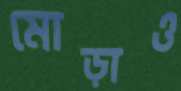
মোড়াও